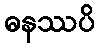
ဓနဿပိ